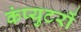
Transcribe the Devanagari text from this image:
कंप्युटरों